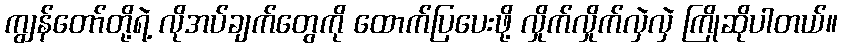
ကျွန်တော်တို့ရဲ့ လိုအပ်ချက်တွေကို ထောက်ပြပေးဖို့ လှိုက်လှိုက်လှဲလှဲ ကြိုဆိုပါတယ်။